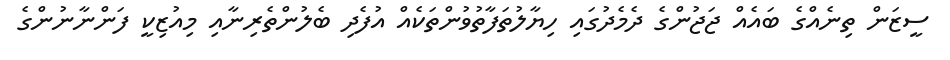
ސީޒަން ތިނެއްގެ ބައެއް ޖަޖުންގެ ދެމެދުގައި ހިޔާލުތަފާތުވުންތަކެއް އުފެދި ބެލުންތެރިނާއި މިއުޒިކީ ފަންނާނުންގެ